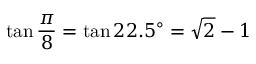
\tan { \frac { \pi } { 8 } } = \tan 2 2 . 5 ^ { \circ } = { \sqrt { 2 } } - 1